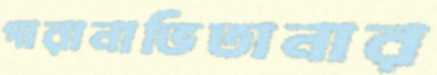
পারানাভিতানার